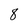
Character: 8